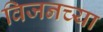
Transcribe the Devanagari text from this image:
विजनच्या